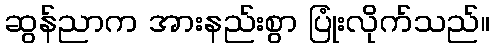
ဆွန်ညာက အားနည်းစွာ ပြုံးလိုက်သည်။